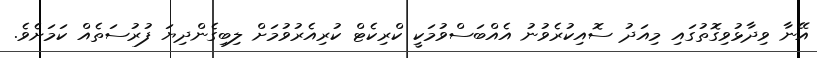
އޭނާ ވިދާޅުވިގޮތުގައި މިއަދު ސޮއިކުރެވުނު އެއްބަސްވުމަކީ ކްރިކެޓް ކުރިއެރުވުމަށް ލިބިގެންދިޔަ ފުރުސަތެއް ކަމަށެވެ.